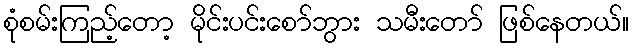
စုံစမ်းကြည့်တော့ မိုင်းပင်းစော်ဘွား သမီးတော် ဖြစ်နေတယ်။